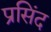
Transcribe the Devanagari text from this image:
प्रसिंद